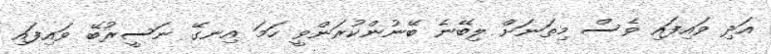
އަދި ވައިފައި ވެސް މިތަނަށް ލިބޭނެ ބޭނުންކުރަންވީ ހަމަ އިނގޭ ނަސީރުބޭ ވައިފައި